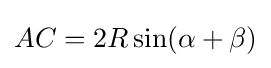
AC=2R\sin(\alpha +\beta )